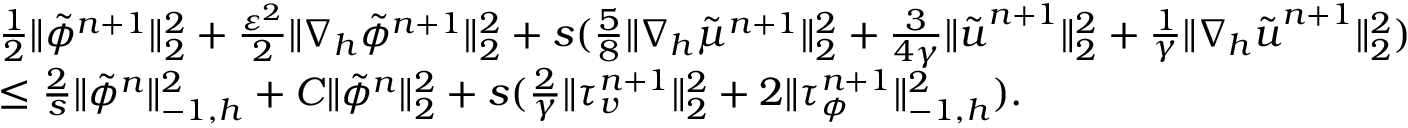
\begin{array} { r l } & { \frac { 1 } { 2 } \| \tilde { \phi } ^ { n + 1 } \| _ { 2 } ^ { 2 } + \frac { \varepsilon ^ { 2 } } { 2 } \| \nabla _ { h } \tilde { \phi } ^ { n + 1 } \| _ { 2 } ^ { 2 } + s ( \frac { 5 } { 8 } \| \nabla _ { h } \tilde { \mu } ^ { n + 1 } \| _ { 2 } ^ { 2 } + \frac { 3 } { 4 \gamma } \| \tilde { \boldsymbol { u } } ^ { n + 1 } \| _ { 2 } ^ { 2 } + \frac { 1 } { \gamma } \| \nabla _ { h } \tilde { \boldsymbol { u } } ^ { n + 1 } \| _ { 2 } ^ { 2 } ) } \\ & { \leq \frac { 2 } { s } \| \tilde { \phi } ^ { n } \| _ { - 1 , h } ^ { 2 } + C \| \tilde { \phi } ^ { n } \| _ { 2 } ^ { 2 } + s ( \frac { 2 } { \gamma } \| \tau _ { v } ^ { n + 1 } \| _ { 2 } ^ { 2 } + 2 \| \tau _ { \phi } ^ { n + 1 } \| _ { - 1 , h } ^ { 2 } ) . } \end{array}